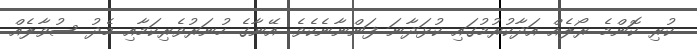
ކުރި ކޮންމެ ރޯލެއް އަދާކުރުމުގައި ކުޅަދާނަ ފަންނާނެކެވެ. އޭނާގެ ހުނަރުވެރިކަމާއި މެދު ސުވާލެއް